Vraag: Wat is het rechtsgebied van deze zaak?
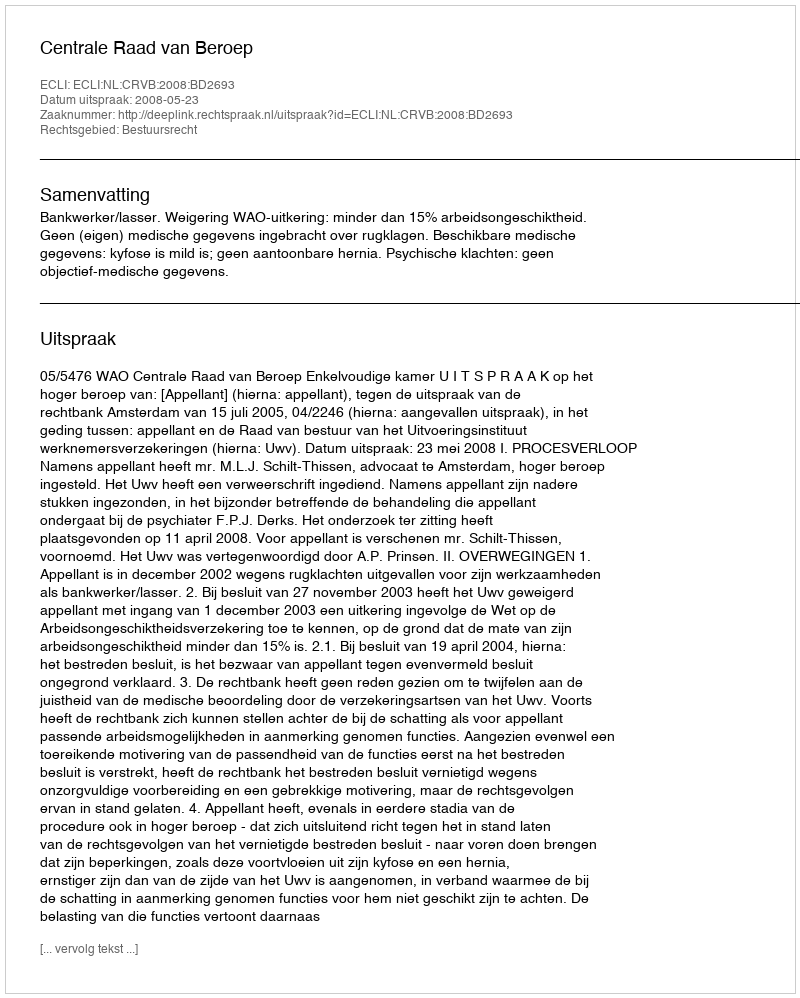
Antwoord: Bestuursrecht